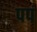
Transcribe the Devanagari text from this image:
पपं